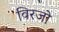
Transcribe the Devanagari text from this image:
विरजो